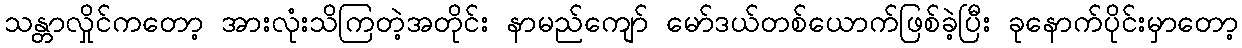
သန္တာလှိုင်ကတော့ အားလုံးသိကြတဲ့အတိုင်း နာမည်ကျော် မော်ဒယ်တစ်ယောက်ဖြစ်ခဲ့ပြီး ခုနောက်ပိုင်းမှာတော့